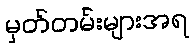
မှတ်တမ်းများအရ